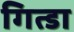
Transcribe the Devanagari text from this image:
गित्डा